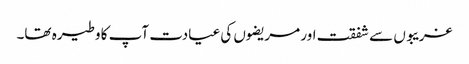
غریبوں سے شفقت اور مریضوں کی عیادت آپ کا وطیرہ تھا۔